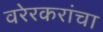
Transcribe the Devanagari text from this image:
वरेरकरांचा